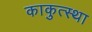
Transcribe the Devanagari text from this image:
काकुत्स्था